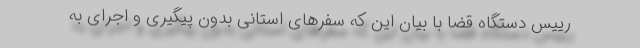
رییس دستگاه قضا با بیان این که سفرهای استانی بدون پیگیری و اجرای به